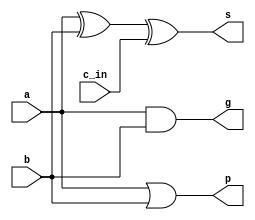
`timescale 1ns / 1ps
//////////////////////////////////////////////////////////////////////////////////
// Company: 
// Engineer: 
// 
// Design Name: 
// Module Name:    cla_1 
// Project Name: 
// Target Devices: 
// Tool versions: 
// Description: 
//
// Dependencies: 
//
// Revision: 
// Revision 0.01 - File Created
// Additional Comments: 
//
//////////////////////////////////////////////////////////////////////////////////
module cla_1(
     input a,
	  input b,
	  input c_in,
	  output s,
	  output g,
	  output p
    );
	 assign s=a^b^c_in;
	 assign g=a&b;
	 assign p=a|b;
	 

endmodule